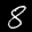
Label: 8